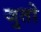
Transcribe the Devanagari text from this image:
जुतो